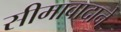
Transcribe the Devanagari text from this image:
सीमावादाने